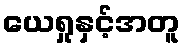
ယေရှုနှင့်အတူ